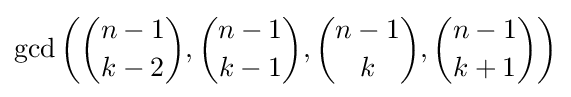
\gcd \left({n-1 \choose k-2},{n-1 \choose k-1},{n-1 \choose k},{n-1 \choose k+1}\right)